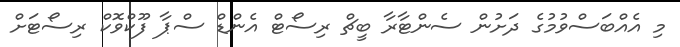
މި އެއްބަސްވުމުގެ ދަށުން ސެންޓާރާ ބީޗް ރިސޯޓް އެންޑް ސްޕާ ފޫކްވޮކް ރިސޯޓަށް